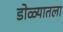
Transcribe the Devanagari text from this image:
डोळ्यातला